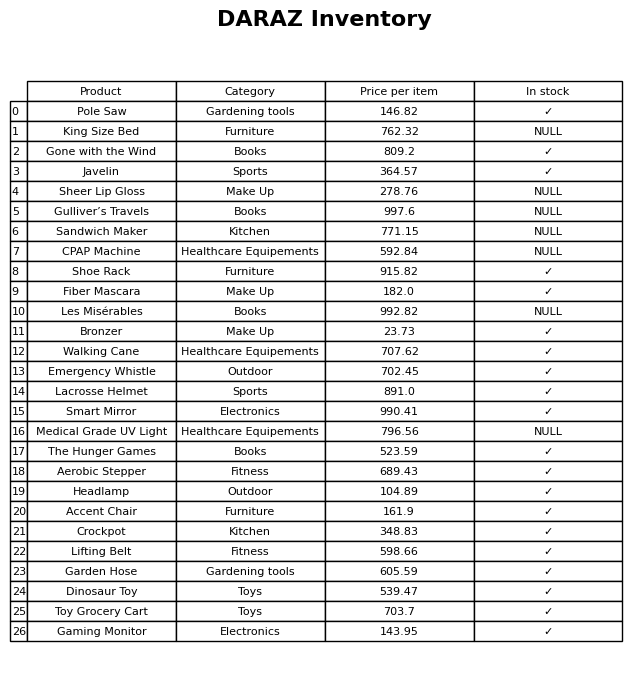
question: What is the price for Aerobic Stepper?
answer: The price of Aerobic Stepper is 689.43.